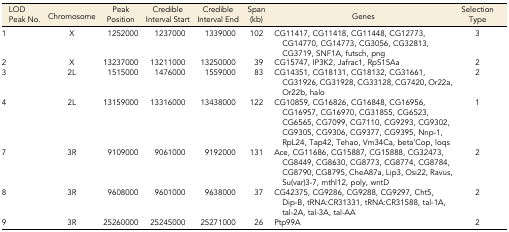
<table><thead><tr><td><b>LOD Peak No.</b></td><td><b>Chromosome</b></td><td><b>Peak Position</b></td><td><b>Credible Interval Start</b></td><td><b>Credible Interval End</b></td><td><b>Span (kb)</b></td><td><b>Genes</b></td><td><b>Selection Type</b></td></tr></thead><tbody><tr><td>1</td><td>X</td><td>1252000</td><td>1237000</td><td>1339000</td><td>102</td><td>CG11417, CG11418, CG11448, CG12773, CG14770, CG14773, CG3056, CG32813, CG3719, SNF1A, futsch, png</td><td>3</td></tr><tr><td>2</td><td>X</td><td>13237000</td><td>13211000</td><td>13250000</td><td>39</td><td>CG15747, IP3K2, Jafrac1, RpS15Aa</td><td>2</td></tr><tr><td>3</td><td>2L</td><td>1515000</td><td>1476000</td><td>1559000</td><td>83</td><td>CG14351, CG18131, CG18132, CG31661, CG31926, CG31928, CG33128, CG7420, Or22a, Or22b, halo</td><td>2</td></tr><tr><td>4</td><td>2L</td><td>13159000</td><td>13316000</td><td>13438000</td><td>122</td><td>CG10859, CG16826, CG16848, CG16956, CG16957, CG16970, CG31855, CG6523, CG6565, CG7099, CG7110, CG9293, CG9302, CG9305, CG9306, CG9377, CG9395, Nnp-1, RpL24, Tap42, Tehao, Vm34Ca, beta’Cop, loqs</td><td>1</td></tr><tr><td>7</td><td>3R</td><td>9109000</td><td>9061000</td><td>9192000</td><td>131</td><td>Ace, CG11686, CG15887, CG15888, CG32473, CG8449, CG8630, CG8773, CG8774, CG8784, CG8790, CG8795, CheA87a, Lip3, Osi22, Ravus, Su(var)3-7, mthl12, poly, wntD</td><td>2</td></tr><tr><td>8</td><td>3R</td><td>9608000</td><td>9601000</td><td>9638000</td><td>37</td><td>CG42375, CG9286, CG9288, CG9297, Cht5, Dip-B, tRNA:CR31331, tRNA:CR31588, tal-1A, tal-2A, tal-3A, tal-AA</td><td>2</td></tr><tr><td>9</td><td>3R</td><td>25260000</td><td>25245000</td><td>25271000</td><td>26</td><td>Ptp99A</td><td>2</td></tr></tbody></table>